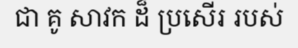
ជា គូ សាវក ដ៏ ប្រសើរ របស់